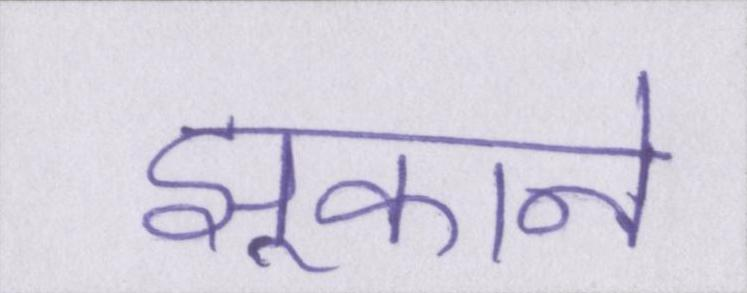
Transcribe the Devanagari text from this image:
झुकाने